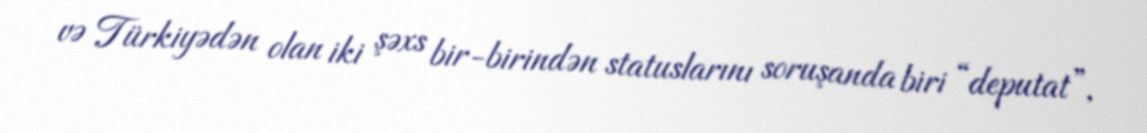
və Türkiyədən olan iki şəxs bir-birindən statuslarını soruşanda biri “deputat”,